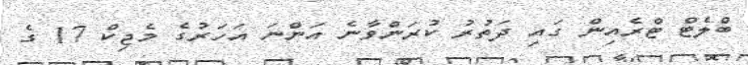
ބްލެޓް ޓްރެއިން ގައި ދަތުރު ކުރަންވާނެ އަންނަ އަހަރުގެ މެޖިކް 17 ގެ